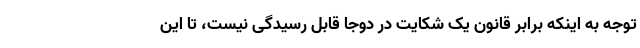
توجه به اینکه برابر قانون یک شکایت در دوجا قابل رسیدگی نیست، تا این